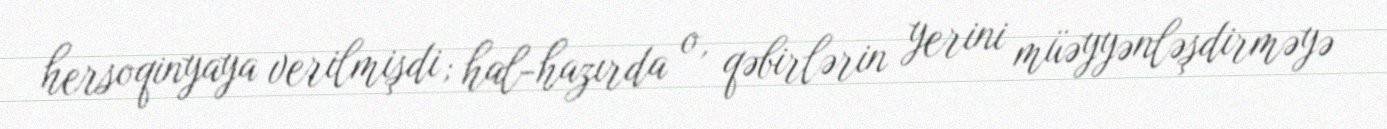
hersoqinyaya verilmişdi; hal-hazırda o, qəbirlərin yerini müəyyənləşdirməyə